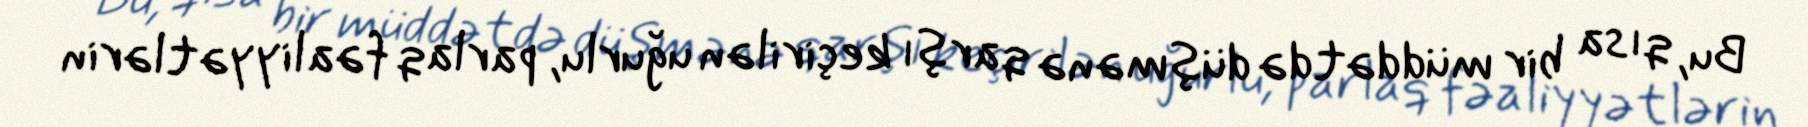
Bu, qısa bir müddətdə düşmənə qarşı keçirilən uğurlu, parlaq fəaliyyətlərin